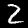
Label: 2